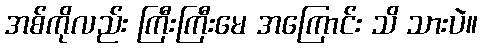
အစ်ကိုလည်း ကြီးကြီးမေ အကြောင်း သိ သားပဲ။